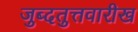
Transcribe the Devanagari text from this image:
जुब्दतुत्तवारीख